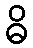
ဓိ